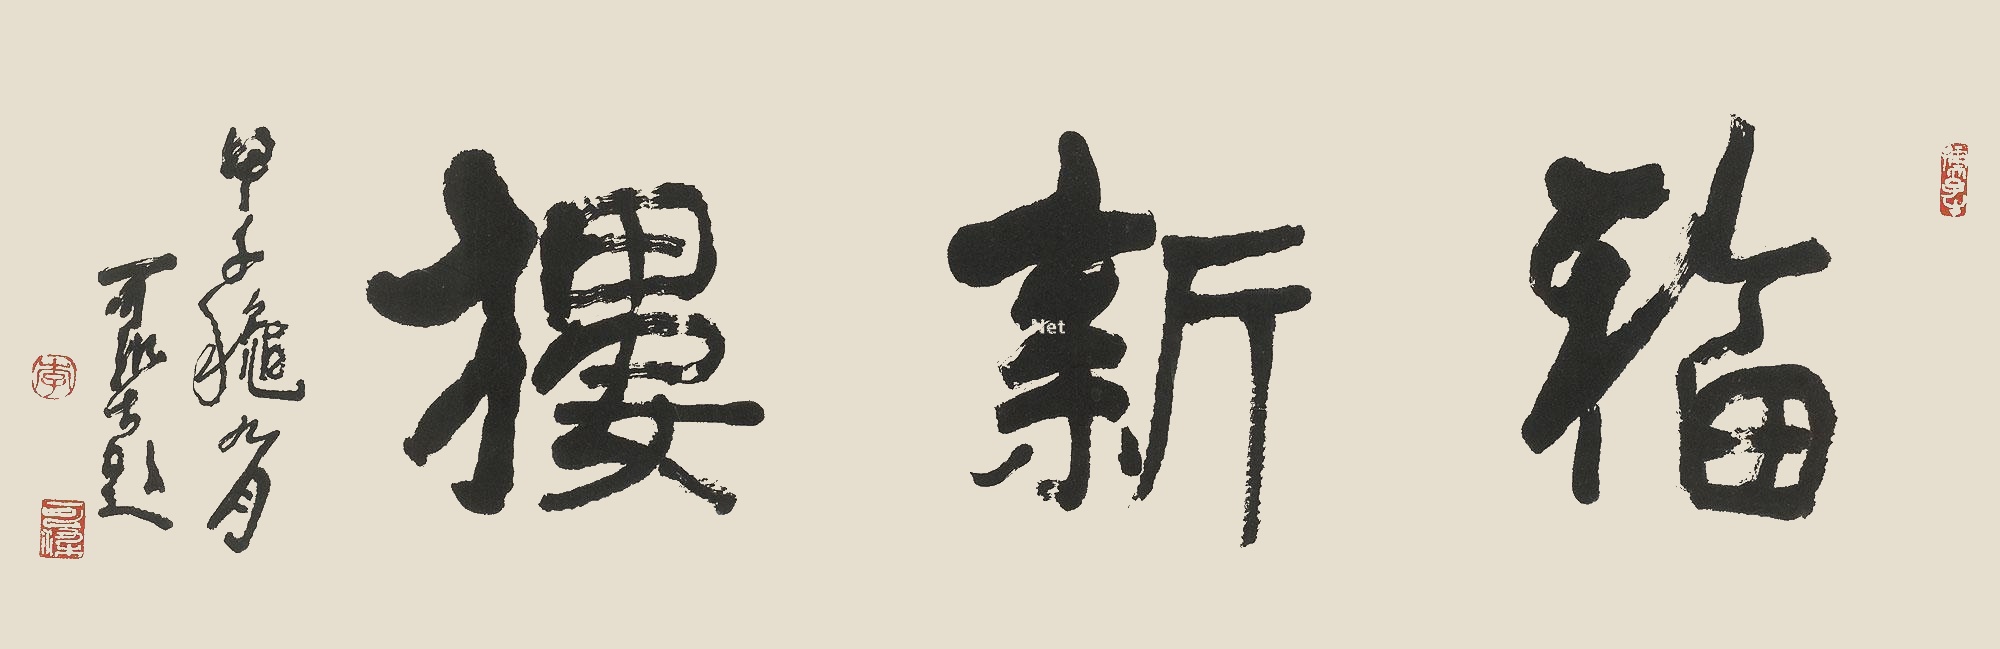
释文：福新楼。甲子秋月，可染题。